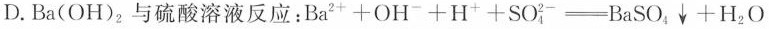
D.Ba(OH)_{2}与硫酸溶液反应：$$B a ^ { 2 + } + O H ^ { - } + H ^ { + } + S O _ { 4 } ^ { 2 - } = B a S O _ { 4 } \downarrow + H _ { 2 } O$$